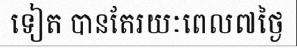
ទៀត បានតែរយៈពេល៧ថ្ងៃ